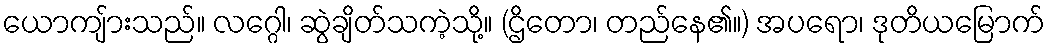
ယောကျ်ားသည်။ လဂ္ဂေါ၊ ဆွဲချိတ်သကဲ့သို့။ (ဌိတော၊ တည်နေ၏။) အပရော၊ ဒုတိယမြောက်